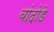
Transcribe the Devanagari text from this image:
बांदोडे